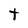
Character: t